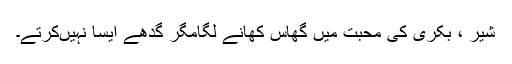
شیر ، بکری کی محبت میں گھاس کھانے لگامگر گدھے ایسا نہیںکرتے۔